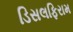
ડિસલફિરામ